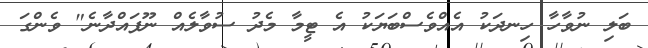
ބަލި ނުވާހާ ހިނދަކު އެއްވެސްބަޔަކު އެ ޓީމާ މެދު ސުވާލެއް ނޫފައްދާނެ" ވެންގަ